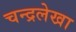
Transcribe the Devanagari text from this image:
चन्द्रलेखा